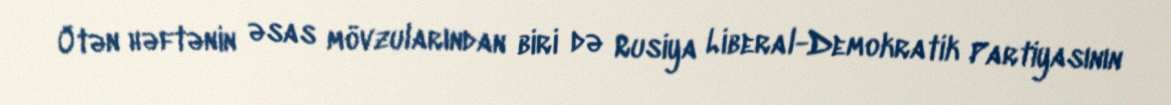
Ötən həftənin əsas mövzularından biri də Rusiya Liberal-Demokratik Partiyasının